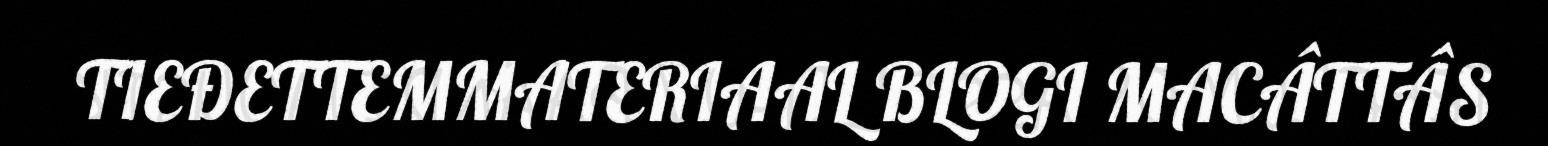
TIEĐETTEMMATERIAAL BLOGI MACÂTTÂS